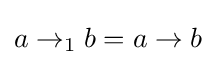
a\rightarrow _{1}b=a\rightarrow b